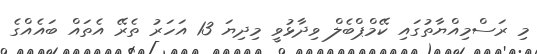
މި ރަސްމިއްޔާތުގައި ކޭމްޕްބެލް ވިދާޅުވީ މިދިޔަ 13 އަހަރު ތެރޭ އެތައް ބައެއްގެ